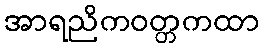
အာရညိကဝတ္တကထာ